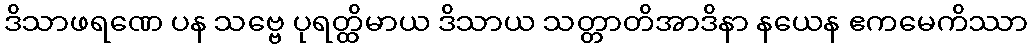
ဒိသာဖရဏေ ပန သဗ္ဗေ ပုရတ္ထိမာယ ဒိသာယ သတ္တာတိအာဒိနာ နယေန ဧကမေကိဿာ